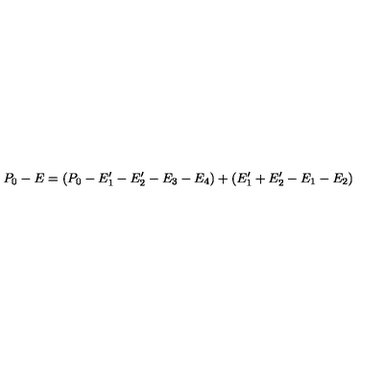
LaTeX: P _ { 0 } - E = ( P _ { 0 } - E _ { 1 } ^ { \prime } - E _ { 2 } ^ { \prime } - E _ { 3 } - E _ { 4 } ) + ( E _ { 1 } ^ { \prime } + E _ { 2 } ^ { \prime } - E _ { 1 } - E _ { 2 } )